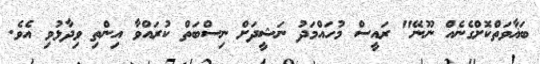
ބަޣާވަތްކޮށްގެނެއް ނޫނޭ" ރައީސް މުހައްމަދު ނަޝީދަށް ނިސްބަތް ކުރައްވާ އިންތި ވިދާޅުވި އެވެ.